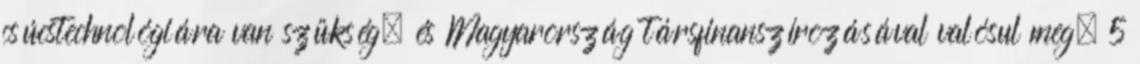
csúcstechnológiára van szükség. és Magyarország társfinanszírozásával valósul meg. 5